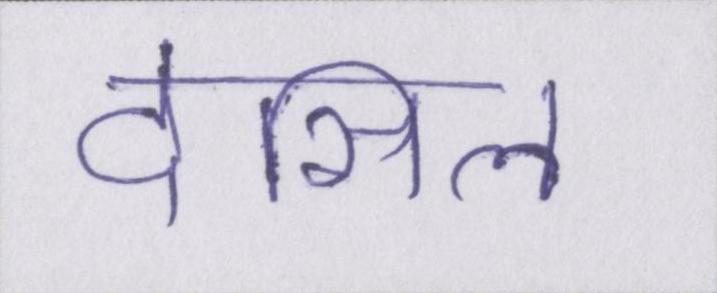
देसिल